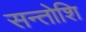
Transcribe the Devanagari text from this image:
सन्तोशि